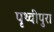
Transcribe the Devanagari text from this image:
पृथ्वीपुरा